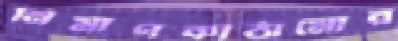
নির্মাণকাঠামোর